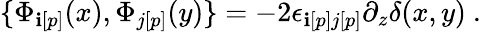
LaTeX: \{ {\Phi}_{\mathbf{i}[p]}(x),{\Phi}_{j[p]}(y)\} =-2{\epsilon}_{\mathbf{i}[p]j[p]}\partial_{z}{\delta}(x,y)\ .